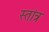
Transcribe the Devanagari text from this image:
स्तांत्र